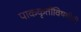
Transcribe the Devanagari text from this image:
पाककृतींविषयीची